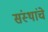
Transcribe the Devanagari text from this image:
संंस्थांचे